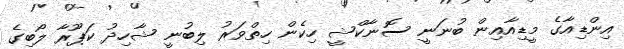
އިންޑިއާގެ މީޑިއާއިން ބުނަނީ ސޮނާކްޝީ ހިކެން ހިތްވަރު ލިބުނީ ޝާހިދު ކަޕޫރާ ލޯބިގެ